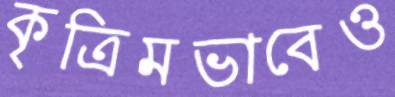
কৃত্রিমভাবেও